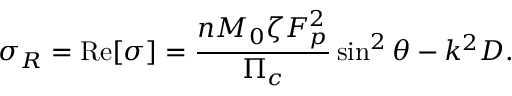
\sigma _ { R } = \mathrm { R e } [ \sigma ] = \frac { n M _ { 0 } \zeta F _ { p } ^ { 2 } } { \Pi _ { c } } \sin ^ { 2 } \theta - k ^ { 2 } D .